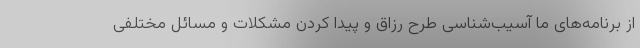
از برنامه‌های ما آسیب‌شناسی طرح رزاق و پیدا کردن مشکلات و مسائل مختلفی